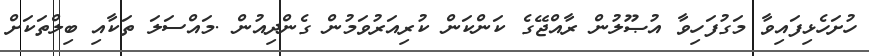
ހުށަހެޅިފައިވާ މަގުފަހިވާ އުޞޫލުން ރާއްޖޭގެ ކަންކަން ކުރިއަރުވަމުން ގެންދިއުން .މައްސަލަ ތަކާއި ބިލްތަކަށް